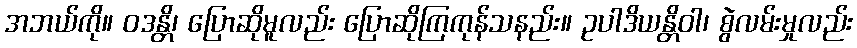
အဘယ်ကို။ ဝဒန္တိ၊ ပြောဆိုမူလည်း ပြောဆိုကြကုန်သနည်း။ ဥပါဒိယန္တိဝါ၊ စွဲလမ်းမှုလည်း